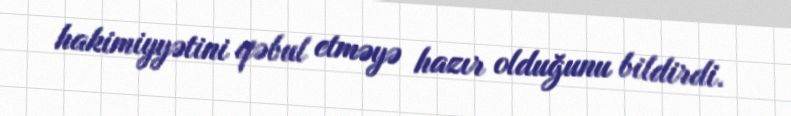
hakimiyyətini qəbul etməyə hazır olduğunu bildirdi.